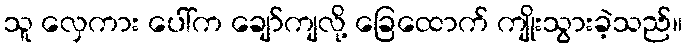
သူ လှေကား ပေါ်က ချော်ကျလို့ ခြေထောက် ကျိုးသွားခဲ့သည်။